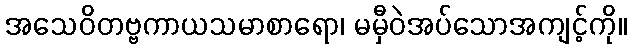
အသေဝိတဗ္ဗကာယသမာစာရော၊ မမှီဝဲအပ်သောအကျင့်ကို။